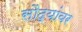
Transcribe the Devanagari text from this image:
सौद्यांवर